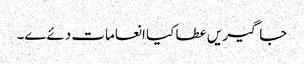
جاگیریں عطا کیا انعامات دئےے۔